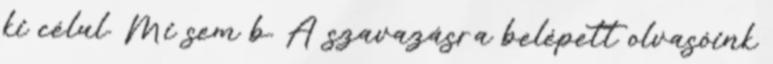
ki célul. Mi sem b. A szavazásra belépett olvasóink